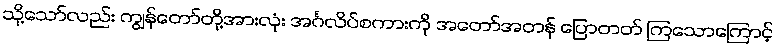
သို့သော်လည်း ကျွန်တော်တို့အားလုံး အင်္ဂလိပ်စကားကို အတော်အတန် ပြောတတ် ကြသောကြောင့်